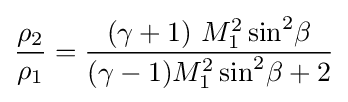
{\frac {\rho _{2}}{\rho _{1}}}={\frac {(\gamma +1)\ M_{1}^{2}\sin ^{2}\!\beta }{(\gamma -1)M_{1}^{2}\sin ^{2}\!\beta +2}}